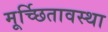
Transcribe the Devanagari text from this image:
मूर्च्छितावस्था